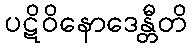
ပဋိဝိနောဒေန္တီတိ